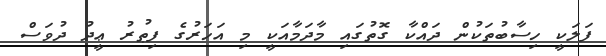
ފަލަކީ ހިސާބުތަކުން ދައްކާ ގޮތުގައި މާދަމާއަކީ މި އަހަރުގެ ފިޠުރު ޢީދު ދުވަސް